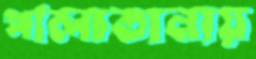
পালাতানায়